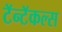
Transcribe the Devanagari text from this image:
टॅन्टॅकल्स